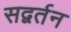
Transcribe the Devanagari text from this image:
सद्वर्तन